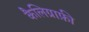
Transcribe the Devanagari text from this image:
कैलिग्राफ़ी